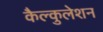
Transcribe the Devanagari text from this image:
कैल्कुलेशन